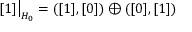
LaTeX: [ 1 ] \bigr | _ { H _ { 0 } } = ( [ 1 ] , [ 0 ] ) \oplus ( [ 0 ] , [ 1 ] )